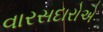
વારસદારોએ